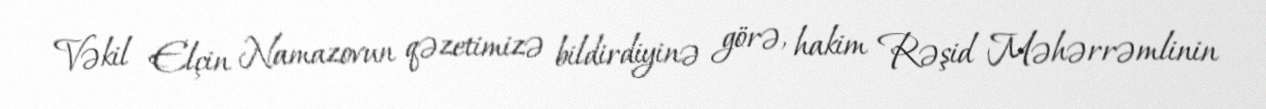
Vəkil Elçin Namazovun qəzetimizə bildirdiyinə görə, hakim Rəşid Məhərrəmlinin